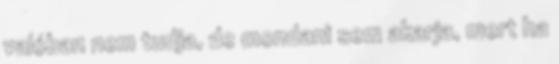
valóban nem tudja, de mondani sem akarja, mert ha